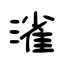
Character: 𣼎